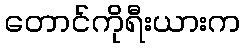
တောင်ကိုရီးယားက